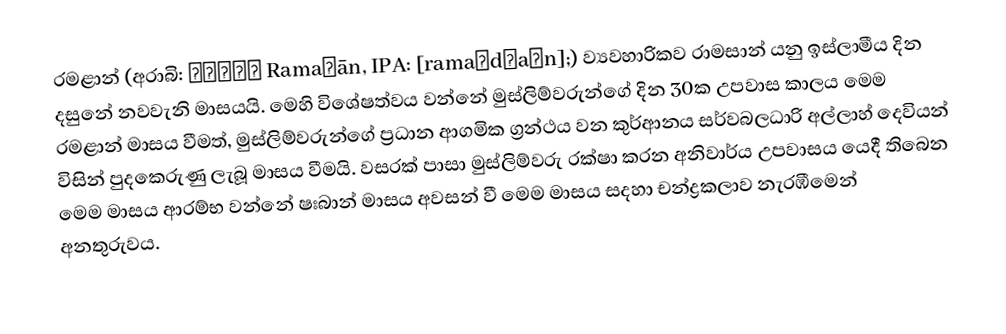
රමළාන් (අරාබි: رمضان‎ Ramaḍān, IPA: [ramaˈdˤaːn];) ව්‍යවහාරිකව රාමසාන් යනු ඉස්ලාමීය දින දසුනේ නවවැනි මාසයයි. මෙහි විශේෂත්වය වන්නේ මුස්ලිම්වරුන්ගේ දින 30ක උපවාස කාලය මෙම රමළාන් මාසය වීමත්, මුස්ලිම්වරුන්ගේ ප්‍රධාන ආගමික ග්‍රන්ථය වන කුර්ආනය සර්වබලධාරි අල්ලාහ් දෙවියන් විසින් පුදකෙරුණු ලැබූ මාසය වීමයි. වසරක් පාසා මුස්ලිම්වරු රක්ෂා කරන අනිවාර්ය උපවාසය යෙදී තිබෙන මෙම මාසය ආරම්භ වන්නේ ෂඃබාන් මාසය අවසන් වී මෙම මාසය සදහා චන්ද්‍රකලාව නැරඹීමෙන් අනතුරුවය.